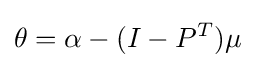
\theta =\alpha -(I-P^{T})\mu